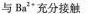
与Ba^{2+}充分接触